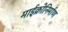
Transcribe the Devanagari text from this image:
माईक्रोनिर्माण